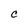
Character: C